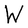
Character: W